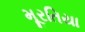
મૂરતિયા